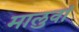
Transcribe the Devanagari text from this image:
मालुवां